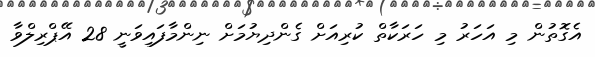
އެގޮތުން މި އަހަރު މި ހަރަކާތް ކުރިއަށް ގެންދިޔުމަށް ނިންމާފައިވަނީ 28 އޭޕްރިލްވާ